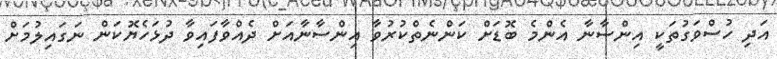
އަދި ހުސްވަގުތަކީ އިންސާނާ އެންމެ ބޮޑަށް ކަންނެތްކުރުވާ އިންސާނާއަށް ދެއްވާފައިވާ ދުޅަހެޔޮކަން ނަގައިލުމަށް